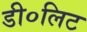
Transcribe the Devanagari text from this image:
डी०लिट